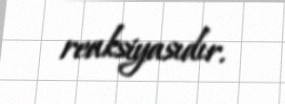
reaksiyasıdır.